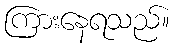
ကြားနေရသည်။